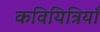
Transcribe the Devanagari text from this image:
कवियित्रियाँ